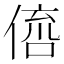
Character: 𠋭